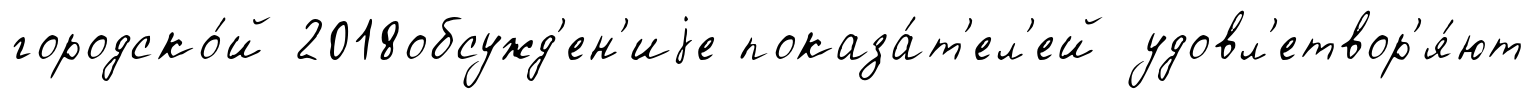
городско́й 2018обсужд'ен'иjе показа́т'ел'ей удовл'етвор'я́ют